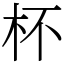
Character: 杯